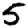
Digit: 5